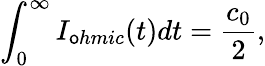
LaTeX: \int_{0}^{\infty}I_{\mathsf{o}hmic}(t)dt=\frac{{c_{0}}}{{2}},